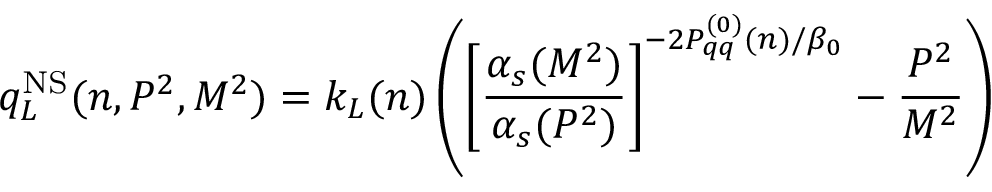
q _ { L } ^ { \mathrm { N S } } ( n , P ^ { 2 } , M ^ { 2 } ) = k _ { L } ( n ) \left( \left[ \frac { \alpha _ { s } ( M ^ { 2 } ) } { \alpha _ { s } ( P ^ { 2 } ) } \right] ^ { - 2 P _ { q q } ^ { ( 0 ) } ( n ) / \beta _ { 0 } } - \frac { P ^ { 2 } } { M ^ { 2 } } \right)